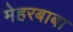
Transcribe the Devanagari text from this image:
मेहरबाबा